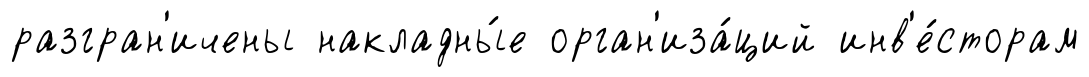
разгран'ичены накладны́е орган'иза́ций инв'е́сторам